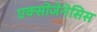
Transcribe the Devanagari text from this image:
एक्सोजेनेसिस